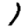
Digit: 1